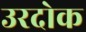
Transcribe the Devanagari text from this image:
उरदोक